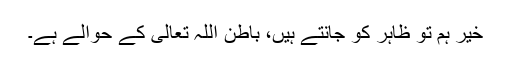
خیر ہم تو ظاہر کو جانتے ہیں، باطن اللہ تعالی کے حوالے ہے۔